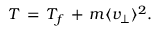
T \, = \, T _ { f } \, + \, m \langle v _ { \perp } \rangle ^ { 2 } .